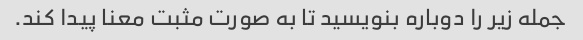
جمله زیر را دوباره بنویسید تا به صورت مثبت معنا پیدا کند.